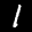
Label: 1